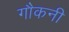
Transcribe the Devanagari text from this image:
गौकनी